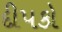
દીપકો